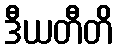
ဒီယတီတိ